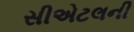
સીએટલની